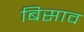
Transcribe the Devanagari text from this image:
बिसाव